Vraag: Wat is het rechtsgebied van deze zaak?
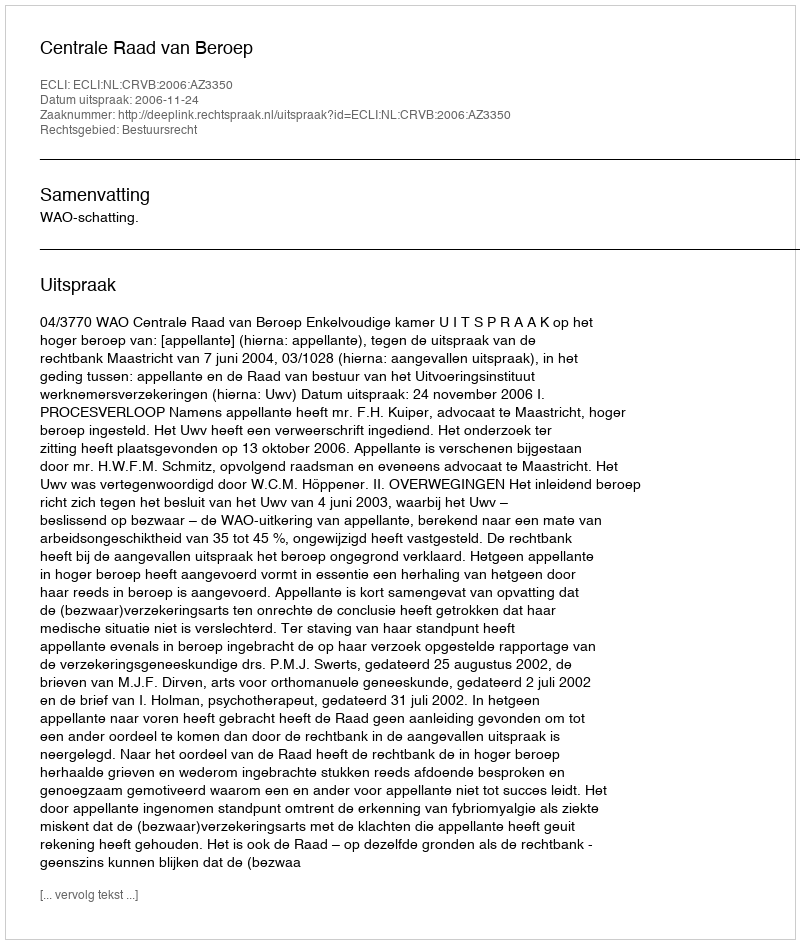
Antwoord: Bestuursrecht